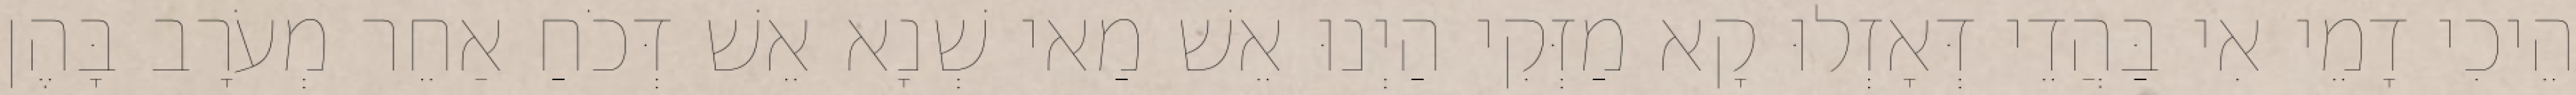
הֵיכִי דָמֵי אִי בַּהֲדֵי דְּאָזְלוּ קָא מַזְּקִי הַיְנוּ אֵשׁ מַאי שְׁנָא אֵשׁ דְּכֹחַ אַחֵר מְעֹרָב בָּהֶן